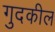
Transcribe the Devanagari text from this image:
गुदकील